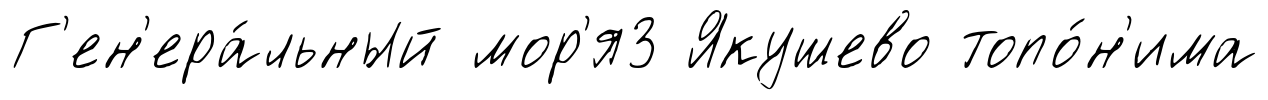
Г'ен'ера́льный мор'я3 Якушево топо́н'има